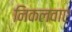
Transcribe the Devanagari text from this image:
निकलवाए